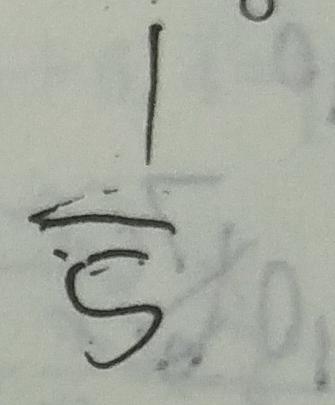
\frac { 1 } { 5 }